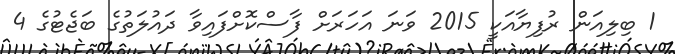
1 ބިލިއަން ރުފިޔާއަކީ 2015 ވަނަ އަހަރަށް ފާސްކޮށްފައިވާ ދައުލަތުގެ ބަޖެޓުގެ 4